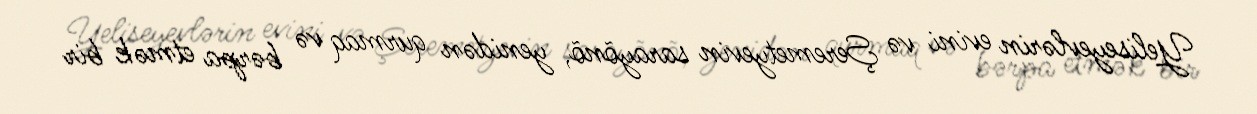
Yeliseyevlərin evini və Şeremetyevin sarayõnõ, yenidən qurmaq və bərpa etmək bir